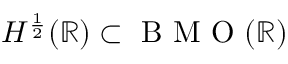
H ^ { \frac { 1 } { 2 } } ( \mathbb R ) \subset \mathrm { ~ B ~ M ~ O ~ } ( \mathbb R )